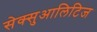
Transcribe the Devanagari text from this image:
सेक्सुआलिटिज